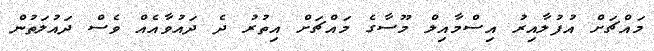
މައްޗަށް އުފުލާއިރު އިސްމާއިލް މޫސާގެ މައްޗަށް އިތުރު ދެ ދައުވާއެއް ވެސް ދައުލަތުން